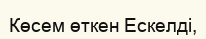
Көсем өткен Ескелді,